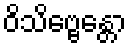
ဝိသိဗ္ဗေန္တော